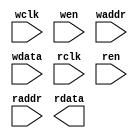
//------------------------------------------------------------------------------
//  http://github.com/gulakim/cory
//  
//------------------------------------------------------------------------------
`ifndef CORY_MODEL_TPRAM
    `define CORY_MODEL_TPRAM

//------------------------------------------------------------------------------
module cory_model_tpram #(
    parameter   A       = 8,
    parameter   D       = 8,
    parameter   SIZE    = 2**A
) (
    input           wclk,
    input           wen,
    input   [A-1:0] waddr,
    input   [D-1:0] wdata,
    input           rclk,
    input           ren,
    input   [A-1:0] raddr,
    output  [D-1:0] rdata
);

`ifdef SIM

localparam  I   = 0;
//------------------------------------------------------------------------------
reg    [D-1: 0] rdata_p;

reg    [D-1: 0] mem [0:SIZE-1];

integer i;
integer error   = 0;
integer warning = 0;


integer seed;
initial begin : init
    integer i;
    if (I==1) begin
        for (i=0; i<SIZE; i=i+1)
            mem[i]  <= i;
    end
    else if (I==2) begin
        seed    = 0;
        for (i=0; i<SIZE; i=i+1) begin
            seed    <= seed * 21 + 1;
            mem[i]  <= seed;
        end
    end
end

//------------------------------------------------------------------------------
// Write
always @(posedge wclk)// or negedge reset_n)
begin
    if(wen == 1'b0)
    begin
        if(waddr >= SIZE) begin
            $display("ERROR:%m: Write address range overflow @ %t", $time);
            error = error + 1;
        end
        else
            mem[waddr] <= wdata;
        if (&waddr === 1'bx) begin
            $display("ERROR:%m: Write address unknown (%x) @ %t", waddr, $time);
            error = error + 1;
        end
        if (&wdata === 1'bx) begin
            $display("ERROR:%m: Write data unknown (%x) address (%x) @ %t", wdata, waddr, $time);
            error = error + 1;
        end
    end
end

//------------------------------------------------------------------------------
// Read
always @(posedge rclk)
begin
    if(ren == 1'b0)
    begin
        if(raddr >= SIZE) begin
            $display("ERROR:%m: Read address range overflow @ %t", $time);
            error = error + 1;
        end
        else
            rdata_p <= mem[raddr];
    end
end

assign  rdata   = rdata_p;

//------------------------------------------------------------------------------
reg     ren_1d;

always @(posedge rclk)
    ren_1d  <= ren;

always @(posedge rclk) begin
    if (error > 100) begin
        $display("ERROR:%m: too many errors %d @ %t", error, $time);
        $finish;
    end
    if (ren_1d == 0 && (&rdata === 1'bx)) begin
        $display("WARNING:%m: Read data unknown (%x) address (%x) @ %t", rdata, raddr, $time);
        warning = warning + 1;
    end
end

//------------------------------------------------------------------------------
initial begin
    if (SIZE > 2**A) begin
        $display ("ERROR:%m: 2^A(%1d) < SIZE(%1d)", A, SIZE);
        $finish;
    end

    $display ("WARNING:%m: using simulation model, you must replace with physical two-port memory");

end
`endif  // SIM
endmodule
`endif  // CORY_MODEL_TPRAM